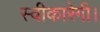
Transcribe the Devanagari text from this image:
स्वीकारेगी।